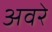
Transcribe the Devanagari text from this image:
अवरे